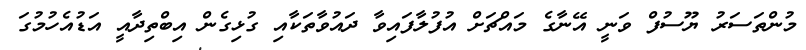
މުންތަސަރު ޔޫސުފް ވަނީ އޭނާގެ މައްޗަށް އުފުލާފައިވާ ދައުވާތަކާއި ގުޅިގެން އިބްތިދާއީ އަޑުއެހުމުގަ